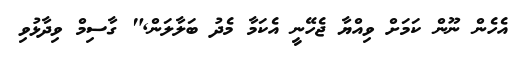
އެހެން ނޫން ކަމަށް ވިއްޔާ ޖެހޭނީ އެކަމާ މެދު ބަލާލަން